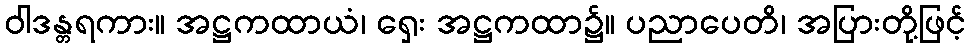
ဝါဒန္တရကား။ အဋ္ဌကထာယံ၊ ရှေး အဋ္ဌကထာ၌။ ပညာပေတိ၊ အပြားတို့ဖြင့်